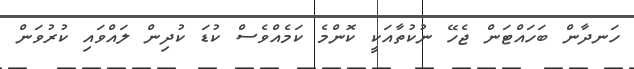
ހަނދާން ބަހައްޓަން ޖެހޭ ނުކުތާއަކީ ކޮންމެ ކަމެއްވެސް ކުޑަ ކުދިން ލައްވައި ކުރުވަން